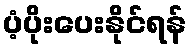
ပံ့ပိုးပေးနိုင်ရန်